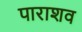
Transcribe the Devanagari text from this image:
पाराशव